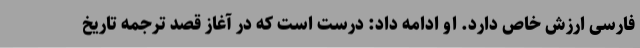
فارسی ارزش خاص دارد. او ادامه داد: درست است که در آغاز قصد ترجمه تاریخ